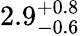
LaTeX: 2.9_{-0.6}^{+0.8}